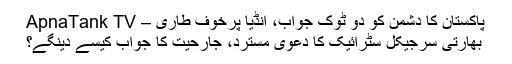
پاکستان کا دشمن کو دو ٹوک جواب، انڈیا پرخوف طاری – ApnaTank TV
بھارتی سرجیکل سٹرائیک کا دعویٰ مسترد، جارحیت کا جواب کیسے دینگے؟